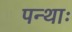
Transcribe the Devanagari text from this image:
पन्थाः